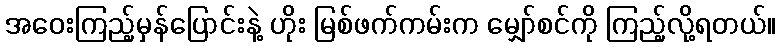
အဝေးကြည့်မှန်ပြောင်းနဲ့ ဟိုး မြစ်ဖက်ကမ်းက မျှော်စင်ကို ကြည့်လို့ရတယ်။